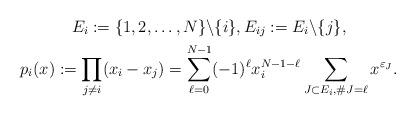
LaTeX: \begin{gather*}E_{i} :=\{1,2,\ldots,N\} \backslash\{i\} ,E_{ij} :=E_{i}\backslash\{j\} ,\\p_{i}(x) :=\prod\limits_{j\neq i}(x_{i}-x_{j}) =\sum\limits_{\ell=0}^{N-1}(-1) ^{\ell}x_{i}^{N-1-\ell}\sum\limits_{J\subset E_{i},\#J=\ell}x^{\varepsilon_{J}}.\end{gather*}